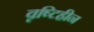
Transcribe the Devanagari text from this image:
वृष्टिहीन